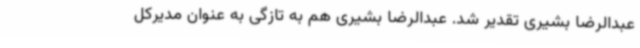
عبدالرضا بشیری تقدیر شد. عبدالرضا بشیری هم به تازگی به عنوان مدیرکل